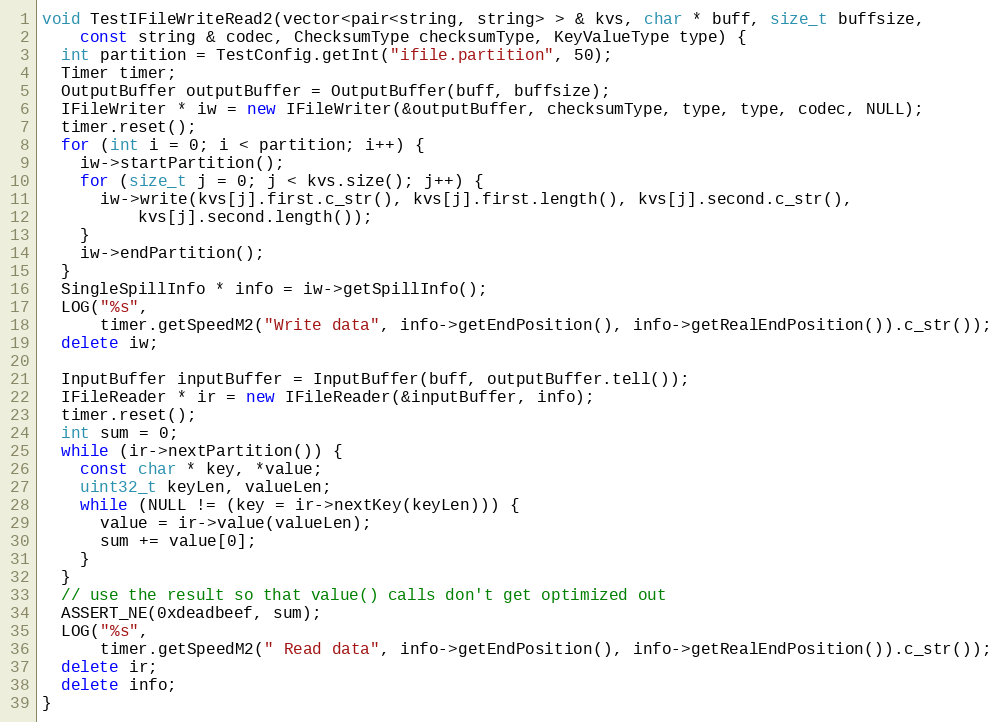
Language: C++
void TestIFileWriteRead2(vector<pair<string, string> > & kvs, char * buff, size_t buffsize,
    const string & codec, ChecksumType checksumType, KeyValueType type) {
  int partition = TestConfig.getInt("ifile.partition", 50);
  Timer timer;
  OutputBuffer outputBuffer = OutputBuffer(buff, buffsize);
  IFileWriter * iw = new IFileWriter(&outputBuffer, checksumType, type, type, codec, NULL);
  timer.reset();
  for (int i = 0; i < partition; i++) {
    iw->startPartition();
    for (size_t j = 0; j < kvs.size(); j++) {
      iw->write(kvs[j].first.c_str(), kvs[j].first.length(), kvs[j].second.c_str(),
          kvs[j].second.length());
    }
    iw->endPartition();
  }
  SingleSpillInfo * info = iw->getSpillInfo();
  LOG("%s",
      timer.getSpeedM2("Write data", info->getEndPosition(), info->getRealEndPosition()).c_str());
  delete iw;

  InputBuffer inputBuffer = InputBuffer(buff, outputBuffer.tell());
  IFileReader * ir = new IFileReader(&inputBuffer, info);
  timer.reset();
  int sum = 0;
  while (ir->nextPartition()) {
    const char * key, *value;
    uint32_t keyLen, valueLen;
    while (NULL != (key = ir->nextKey(keyLen))) {
      value = ir->value(valueLen);
      sum += value[0];
    }
  }
  // use the result so that value() calls don't get optimized out
  ASSERT_NE(0xdeadbeef, sum);
  LOG("%s",
      timer.getSpeedM2(" Read data", info->getEndPosition(), info->getRealEndPosition()).c_str());
  delete ir;
  delete info;
}